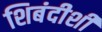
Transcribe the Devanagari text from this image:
शिबंदीशी